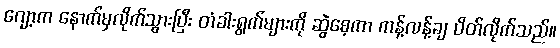
ဂျော့က နောက်မှလိုက်သွားပြီး တံခါးရွက်များကို ဆွဲစေ့ကာ ကန့်လန့်ချ ပိတ်လိုက်သည်။